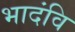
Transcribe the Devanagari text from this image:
भादंवि